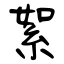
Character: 絮